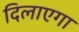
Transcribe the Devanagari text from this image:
दिलाएगा